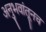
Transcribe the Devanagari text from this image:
अनुभवांतूनच